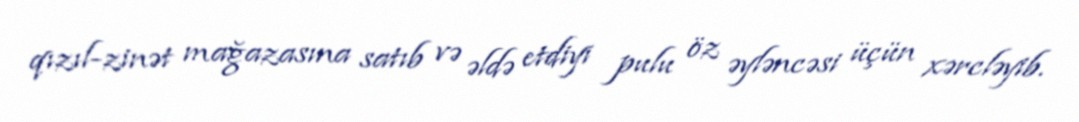
qızıl-zinət mağazasına satıb və əldə etdiyi pulu öz əyləncəsi üçün xərcləyib.